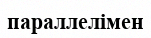
параллелімен